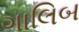
ગાલિબ